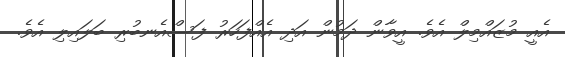
އެއީ މުޒައްމިލް އެވެ. އީވާން ދަމުން އަދި އެއްފަހަރު ފަސްއެނބުރި ބަލައިލި އެވެ.